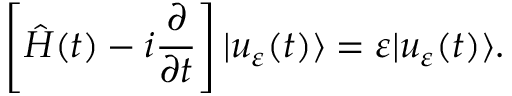
\left[ \hat { H } ( t ) - i \frac { \partial } { \partial t } \right] | u _ { \varepsilon } ( t ) \rangle = \varepsilon | u _ { \varepsilon } ( t ) \rangle .